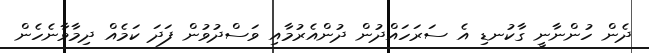
ދެން ހުންނާނީ ގާކުނޑި އެ ސަރަހައްދުން ދުންއެރުމާއި ވަސްދުވުން ފަދަ ކަމެއް ދިމާވާނެހެން